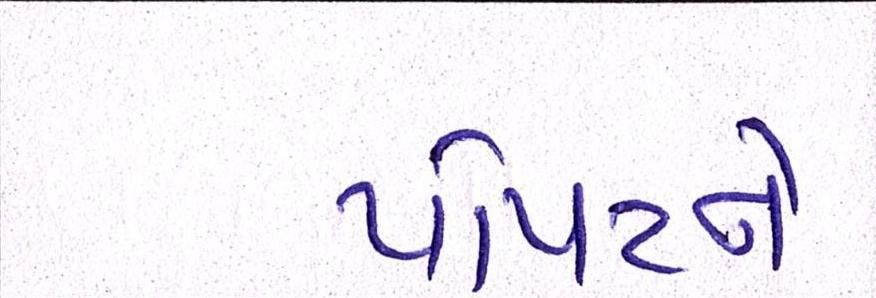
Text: પોપટને